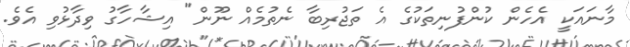
މާނައަކީ އެހެން ކުންފުނިތަކުގެ އެ ތަޖުރިބާ ނެތުމެއް ނޫން" އިޝާހާގު ވިދާޅުވި އެވެ.